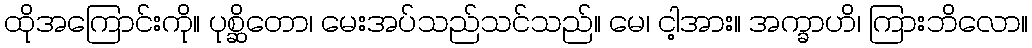
ထိုအကြောင်းကို။ ပုစ္ဆိတော၊ မေးအပ်သည်သင်သည်။ မေ၊ ငါ့အား။ အက္ခာဟိ၊ ကြားဘိလော။